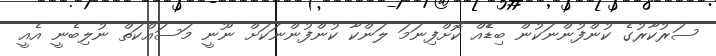
ސަރުކާރުގެ ކުންފުންނަކުން ބިޑެެއް ކޮށްފިނަމަ ލަންކާ ކުންފުންނަކަށް ނޫނީ މަސައްކަތް ނުލިބެނީ އެއީ